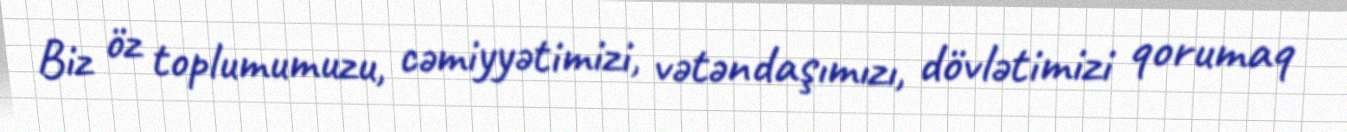
Biz öz toplumumuzu, cəmiyyətimizi, vətəndaşımızı, dövlətimizi qorumaq